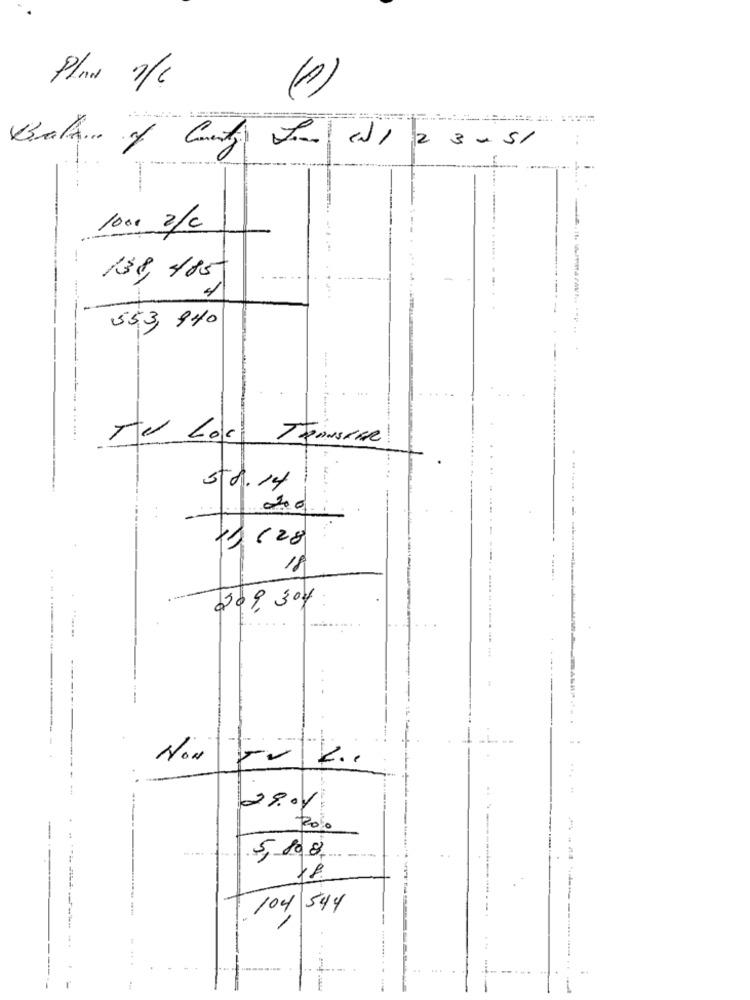
Planos 7/c
(0)
2 3 . 5/
1000 2/c
-.
139, 485
553, 940
5 8.14.
1 628
18
209, 304
.....
. .
..
28.01
20%0
--
5, 808
.------
----
104 544